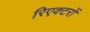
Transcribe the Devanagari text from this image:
रिएक्‍टरों